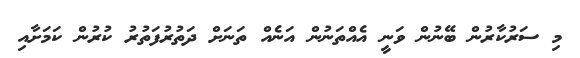
މި ސަރުކާރުން ބޭނުން ވަނީ އެއްތަނުން އަނެއް ތަނަށް ދަތުރުފަތުރު ކުރުން ކަމަށާއި